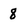
Character: 8